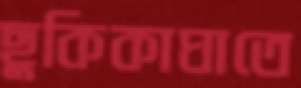
ছুকিকাঘাতে